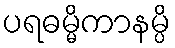
ပရဓမ္မိကာနမ္ပိ